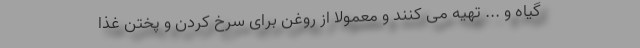
گیاه و ... تهیه می کنند و معمولا از روغن برای سرخ کردن و پختن غذا